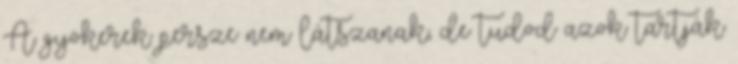
A gyökerek persze nem látszanak, de tudod azok tartják